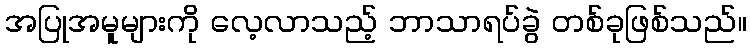
အပြုအမူများကို လေ့လာသည့် ဘာသာရပ်ခွဲ တစ်ခုဖြစ်သည်။